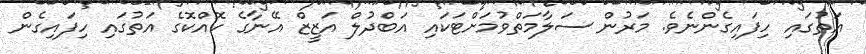
އަތުގައި ހިފައިގެންނެވެ. މަރުން ސަލާމަތްވުމަށްޓަކައި އަބްދުލް އަޒީޒް އޭނާގެ ކޮއްކޮގެ އަތުގައި ހިފައިގެން